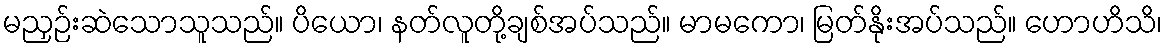
မညှဉ်းဆဲသောသူသည်။ ပိယော၊ နတ်လူတို့ချစ်အပ်သည်။ မာမကော၊ မြတ်နိုးအပ်သည်။ ဟောဟိသိ၊